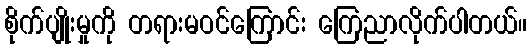
စိုက်ပျိုးမှုကို တရားမဝင်ကြောင်း ကြေညာလိုက်ပါတယ်။